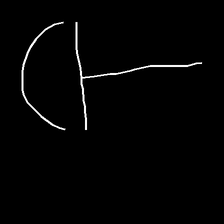
Glyph: dispersion